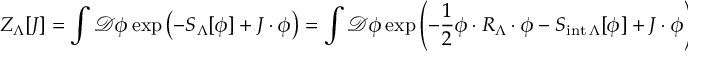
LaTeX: Z _ { \Lambda } [ J ] = \int { \mathcal { D } } \phi \exp \left( - S _ { \Lambda } [ \phi ] + J \cdot \phi \right) = \int { \mathcal { D } } \phi \exp \left( - { \frac { 1 } { 2 } } \phi \cdot R _ { \Lambda } \cdot \phi - S _ { { \mathrm { i n t } } \, \Lambda } [ \phi ] + J \cdot \phi \right)